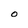
Character: O